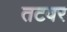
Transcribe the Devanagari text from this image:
तटवर